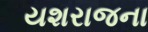
યશરાજના